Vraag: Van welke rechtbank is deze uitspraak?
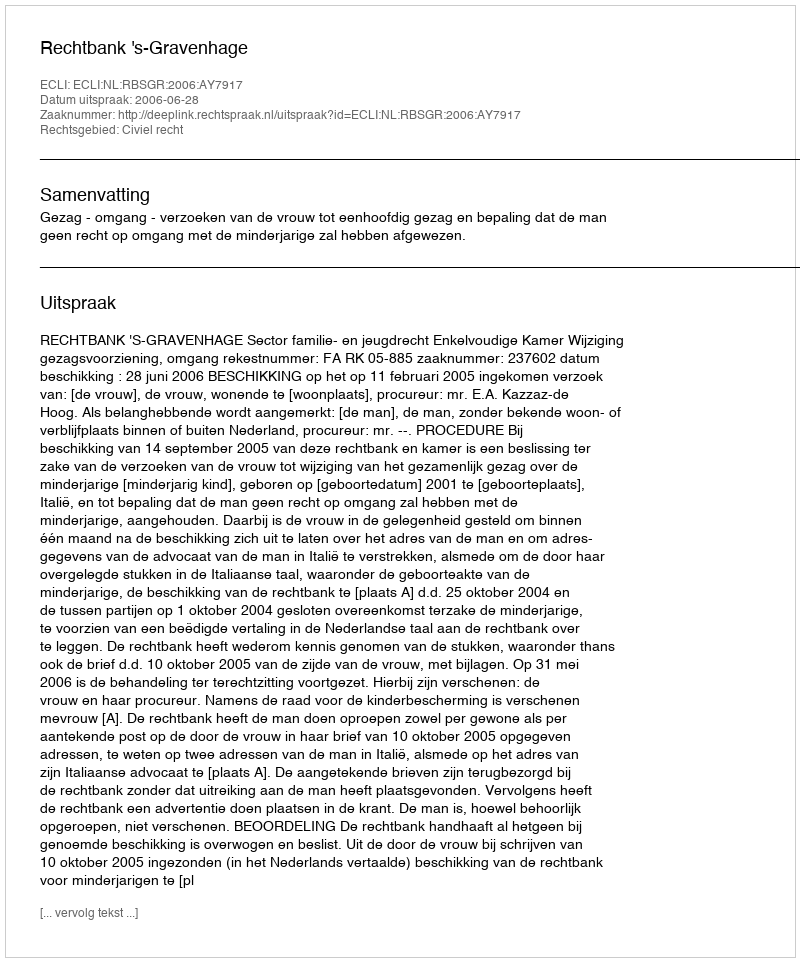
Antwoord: Rechtbank 's-Gravenhage